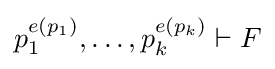
p_{1}^{e(p_{1})},\dots ,p_{k}^{e(p_{k})}\vdash F